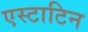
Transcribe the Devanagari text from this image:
एस्टाटिन